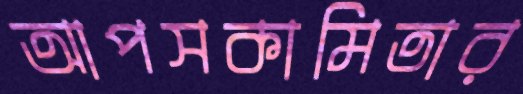
আপসকামিতার